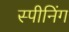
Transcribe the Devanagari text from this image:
स्पीनिंग